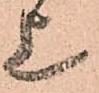
上